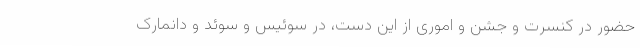
حضور در کنسرت‌ و جشن و اموری از این دست، در سوئیس و سوئد و دانمارک